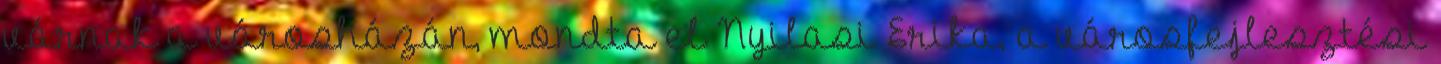
várnak a városházán, mondta el Nyilasi Erika, a városfejlesztési